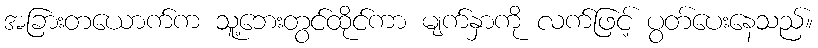
အခြားတယောက်က သူ့ဘေးတွင်ထိုင်ကာ မျက်နှာကို လက်ဖြင့် ပွတ်ပေးနေသည်။